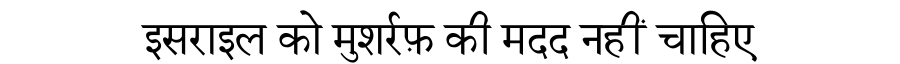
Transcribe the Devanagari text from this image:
इसराइल को मुशर्रफ़ की मदद नहीं चाहिए